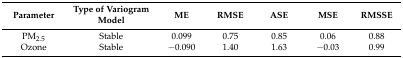
| Parameter | Type of Variogram Model | ME | RMSE | ASE | MSE | RMSSE |
 | --- | --- | --- | --- | --- | --- | --- |
 | PM2.5 | Stable | 0.099 | 0.75 | 0.85 | 0.06 | 0.88 |
 | Ozone | Stable | −0.090 | 1.40 | 1.63 | −0.03 | 0.99 |